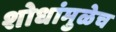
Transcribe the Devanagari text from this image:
शोधांमुळेच